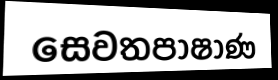
සෙවතපාෂාණ